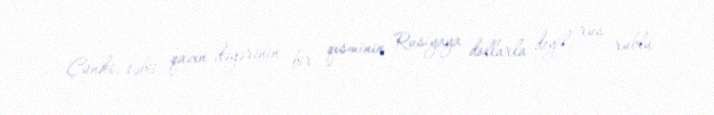
Çünki, təbii qazın dəyərinin bir qisminin Rusiyaya dollarla deyil, rus rublu